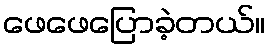
ဖေဖေပြောခဲ့တယ်။